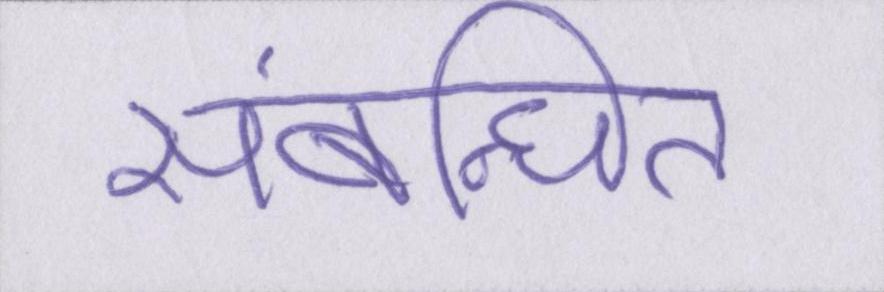
संबन्धित